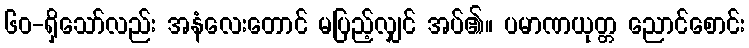
၆၀-ရှိသော်လည်း အနံလေးတောင် မပြည့်လျှင် အပ်၏။ ပမာဏယုတ္တ ညောင်စောင်း